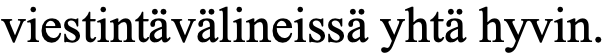
viestintävälineissä yhtä hyvin.